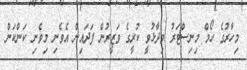
މިހާރުގެ ހޯމް މިނިސްޓަރު ވިދާޅުވީ ކުރީގެ ވަޒީރުން ފަދައިން އެވެނި މިވެނި ކަންކަން